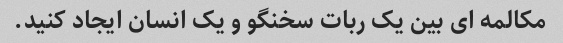
مکالمه ای بین یک ربات سخنگو و یک انسان ایجاد کنید.